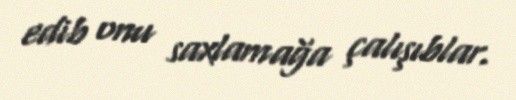
edib onu saxlamağa çalışıblar.